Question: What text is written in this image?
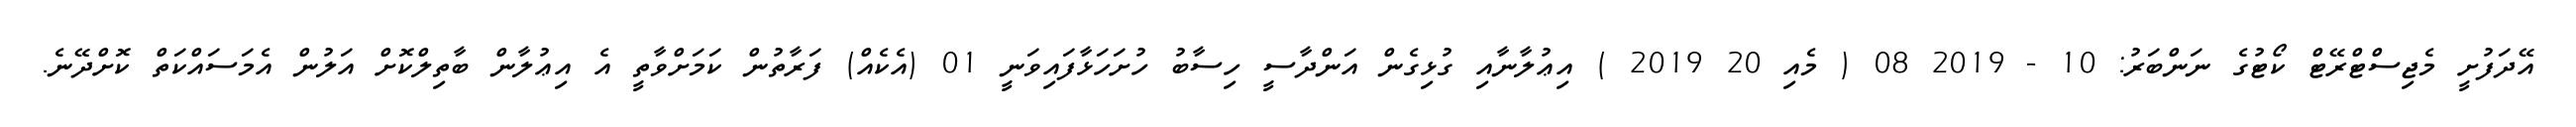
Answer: އޭދަފުށީ މެޖިސްޓްރޭޓް ކޯޓުގެ ނަންބަރު: 10 - 2019 08 ( މެއި 20 2019 ) އިޢުލާނާއި ގުޅިގެން އަންދާސީ ހިސާބު ހުށަހަޅާފައިވަނީ 01 (އެކެއް) ފަރާތުން ކަމަށްވާތީ އެ އިޢުލާން ބާތިލްކޮށް އަލުން އެމަސައްކަތް ކޮށްދޭނެ.